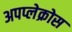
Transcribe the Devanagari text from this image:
अपप्लेक्रोस